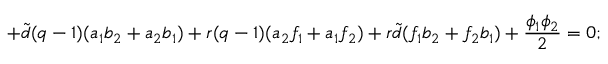
+ { \tilde { d } } ( q - 1 ) ( a _ { 1 } b _ { 2 } + a _ { 2 } b _ { 1 } ) + r ( q - 1 ) ( a _ { 2 } f _ { 1 } + a _ { 1 } f _ { 2 } ) + r { \tilde { d } } ( f _ { 1 } b _ { 2 } + f _ { 2 } b _ { 1 } ) + \frac { \phi _ { 1 } \phi _ { 2 } } { 2 } = 0 ;